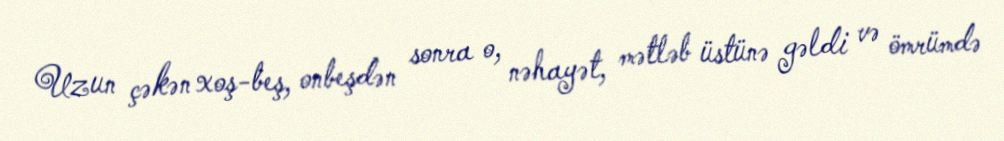
Uzun çəkən xoş-beş, onbeşdən sonra o, nəhayət, mətləb üstünə gəldi və ömrümdə